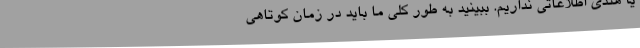
یا هندی اطلاعاتی نداریم. ببینید به طور کلی ما باید در زمان کوتاهی